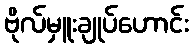
ဗိုလ်မှူးချုပ်ဟောင်း